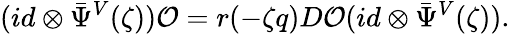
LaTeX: (id\otimes{\bar{\Psi}}^{V}(\zeta)){\cal O}=r(-\zeta q)D{\cal O}(id\otimes{\bar{\Psi}}^{V}(\zeta)).